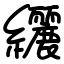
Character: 纚